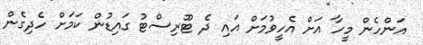
އަންހެން މީހާ އަށް އެހީވުމަށް އައި ދެ ޓޫރިސްޓު ގައިޑުން ކަމަށް ހެދިގެން